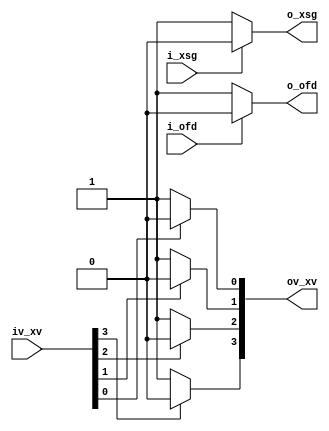
//-------------------------------------------------------------------------------------------------
//  --    : , 2010 -2015.
//  --      .
//  --          : FPGA
//  --        : cxd3400_model
//  --        : 
//-------------------------------------------------------------------------------------------------
//
//  --  :
//
//  --          :| 				:|  
//-------------------------------------------------------------------------------------------------
//  --        :| 2014/2/24 11:15:45	:|  
//-------------------------------------------------------------------------------------------------
//
//  --      :
//              1)  : ... ...
//
//              2)  : ... ...
//
//              3)  : ... ...
//
//-------------------------------------------------------------------------------------------------
//`include			"cxd3400_model_def.v"
///
`timescale 1ns/1ps
//-------------------------------------------------------------------------------------------------

module cxd3400_model (
	input	[3:0]		iv_xv	,
	input				i_ofd	,
	input				i_xsg	,
	output	[3:0]		ov_xv	,
	output				o_ofd	,
	output				o_xsg


	);

	//	ref signals

	reg	[3:0]		xv_reg	= 4'b0011;
	reg	[3:0]		falling_xv_reg	= 4'b0000;
	reg				ofd_reg = 1'b0;
	reg				xsg_reg	= 1'b0;

	//	ref ARCHITECTURE

//69 23


	always @ (iv_xv[0]) begin
		if(iv_xv[0] == 1'b0) begin
			#66.666		xv_reg[0]	<= 1'b1;		
		end
		else begin
			#22.222		xv_reg[0]	<= 1'b0;		
		end
	end
	
	always @ (iv_xv[1]) begin
		if(iv_xv[1] == 1'b0) begin
			#66.666		xv_reg[1]	<= 1'b1;		
		end
		else begin
			#22.222		xv_reg[1]	<= 1'b0;		
		end
	end
	
	always @ (iv_xv[2]) begin
		if(iv_xv[2] == 1'b0) begin
			#66.666 xv_reg[2]	<= 1'b1;		
		end
		else begin
			#22.222 xv_reg[2]	<= 1'b0;		
		end
	end
	
	always @ (iv_xv[3]) begin
		if(iv_xv[3] == 1'b0) begin
			#66.666 xv_reg[3]	<= 1'b1;		
		end
		else begin
			#22.222 xv_reg[3]	<= 1'b0;		
		end
	end

	always @ (i_ofd) begin
		if(i_ofd == 1'b0) begin
			#66.666 ofd_reg	<= 1'b1;	//6
		end
		else begin
			#22.222 ofd_reg	<= 1'b0;	//
		end
	end
	
	always @ (i_xsg) begin
		if(i_xsg == 1'b0) begin
			#66.666 xsg_reg	<= 1'b1;
		end
		else begin
			#22.222 xsg_reg	<= 1'b0;
		end
	end
	

	//ref output
	assign	ov_xv	= xv_reg;
	assign	o_ofd	= ofd_reg;
	assign	o_xsg	= xsg_reg;




endmodule